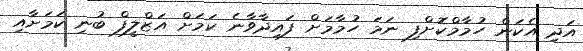
އަދި އެކަން ހުމާމްކޮށްފި ނަމަ ހުމާމަށް ފައިދާވާނެ ކަމަށް އަޒްލީފް ބުނި ކަމަށާއި